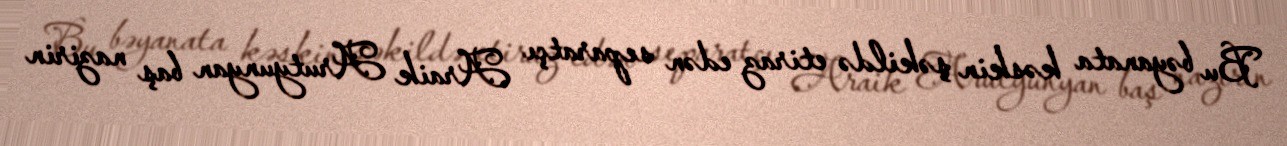
Bu bəyanata kəskin şəkildə etiraz edən separatçı Araik Arutyunyan baş nazirin